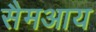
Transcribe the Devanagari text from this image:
सैमआय